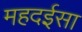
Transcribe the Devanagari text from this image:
महदईसा